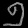
Digit: ၅